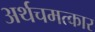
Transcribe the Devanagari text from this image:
अर्थचमत्कार